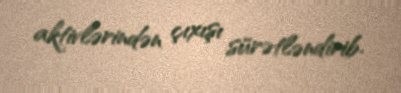
aktivlərindən çıxışı sürətləndirib.